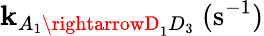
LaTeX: \mathbf{k}_{A_{1}\rightarrowD_{1}D_{3}}~(\mathrm{{s}}^{-1})